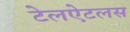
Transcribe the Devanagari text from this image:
टेलऐटलस